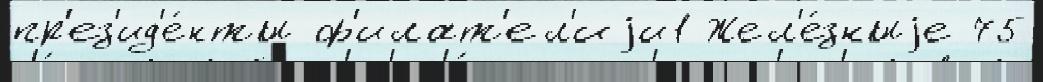
пр'ез'ид'е́нты ф'илат'ел'иjи1 Жел'е́зныjе 75